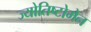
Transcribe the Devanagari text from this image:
ज्योतिष्टोमेन